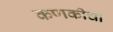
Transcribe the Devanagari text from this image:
कणकीचा